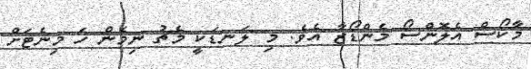
މާކޯސް އެލޮންސޯ މެންޑޯޒާ އެވެ. މި ލަނޑަކީ މެޗު ނިމެން ހަ މިނެޓަށް